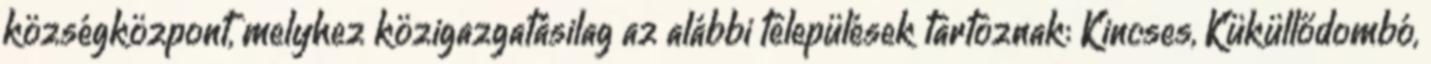
községközpont, melyhez közigazgatásilag az alábbi települések tartoznak: Kincses, Küküllődombó,